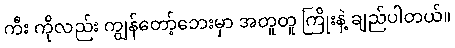
ကီး ကိုလည်း ကျွန်တော့်ဘေးမှာ အတူတူ ကြိုးနဲ့ ချည်ပါတယ်။